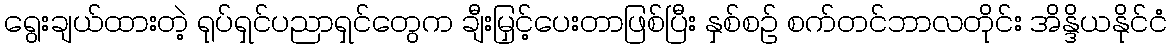
ရွေးချယ်ထားတဲ့ ရုပ်ရှင်ပညာရှင်တွေက ချီးမြှင့်ပေးတာဖြစ်ပြီး နှစ်စဉ် စက်တင်ဘာလတိုင်း အိန္ဒိယနိုင်ငံ